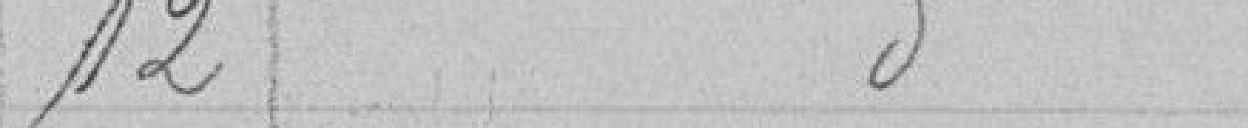
12 - Idem